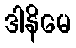
ဒါနိမေ